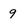
Character: 9